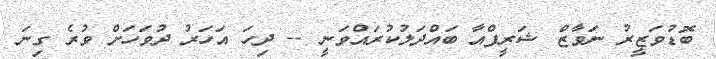
ބޮޑުވަޒީރު ނަވާޒް ޝަރީފްއާ ބައްދަލުކުރައްވަނީ -- ދިހަ އަހަރު ދުވަހަށް ވުރެ ގިނަ